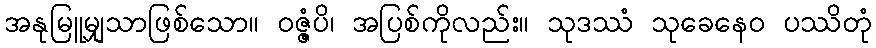
အနုမြူမျှသာဖြစ်သော။ ဝဇ္ဇံပိ၊ အပြစ်ကိုလည်း။ သုဒဿံ သုခေနေဝ ပဿိတုံ